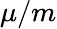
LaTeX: \mu/m